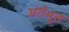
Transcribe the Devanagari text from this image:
अंर्तभूत